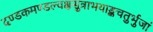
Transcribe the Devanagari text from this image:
दण्डकमण्डल्वक्षसुत्राभयाङ्कचतुर्भुजां